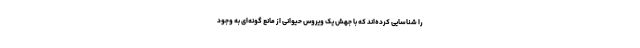
را شناسایی کرده‌اند که با جهش یک ویروس حیوانی از مانع گونه‌ای به وجود